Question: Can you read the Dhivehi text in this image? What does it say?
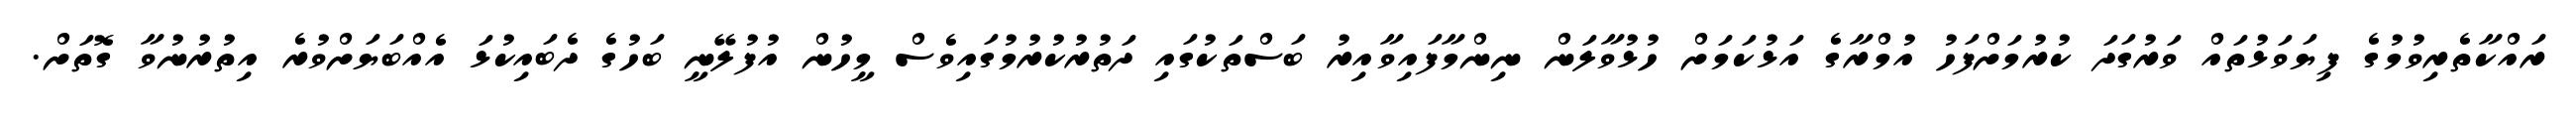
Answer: ރައްކާތެރިވުމުގެ ފިޔަވަޅުތައް ވަރުގަދަ ކުރުމަށްފަހު އުމްރާގެ އަޅުކަމަށް ހުޅުވާލަން ނިންމާފައިވާއިރު ބަސްތަކުގައި ދަތުރުކުރުމުގައިވެސް މީހުން އުފުލޭނީ ބަހުގެ ދެބައިކުޅަ އެއްބަޔަށްވުރެ އިތުރުނުވާ ގޮތަށް.